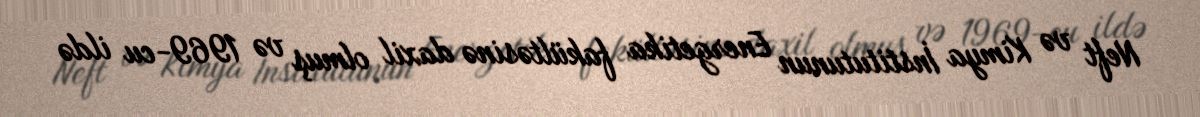
Neft və Kimya İnstitutunun Energetika fakültəsinə daxil olmuş və 1969-cu ildə